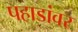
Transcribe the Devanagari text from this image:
पहाडांवर